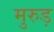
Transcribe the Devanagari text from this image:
मुरुड़